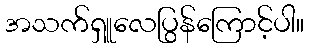
အသက်ရှူလေပြွန်ကြောင့်ပါ။